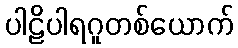
ပါဠိပါရဂူတစ်ယောက်